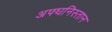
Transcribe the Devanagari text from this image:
अफ्घनिस्तान